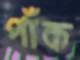
পাঁক